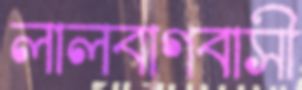
লালবাগবাসী